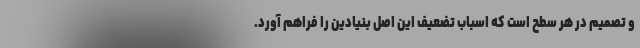
و تصمیم در هر سطح است که اسباب تضعیف این اصل بنیادین را فراهم آورد.